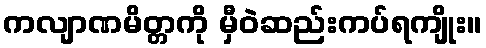
ကလျာဏမိတ္တကို မှီဝဲဆည်းကပ်ရကျိုး။